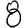
Digit: 8